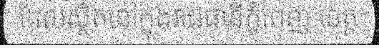
ដែលស្ថិតនៅក្នុងរាជធានីភ្នំពេញ ខេត្ត